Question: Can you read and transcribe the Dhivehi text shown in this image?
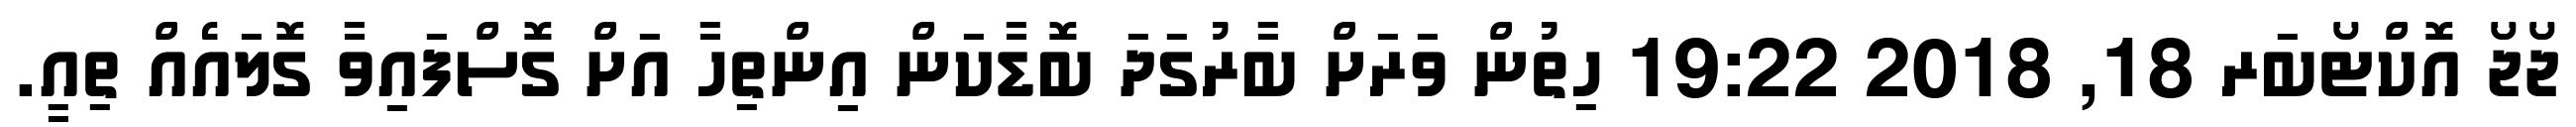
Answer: ޖޯޖޯ އޮކްޓޯބަރ 18, 2018 19:22 ހިތުން ވަރަށް ބާރުގަދަ ބޮޑާކަން އިންތިހާ އަށް ގޮސްފައިވާ ގޮލައެއް ތިއީ.